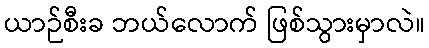
ယာဉ်စီးခ ဘယ်လောက် ဖြစ်သွားမှာလဲ။